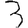
Digit: 3